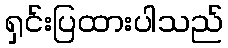
ရှင်းပြထားပါသည်